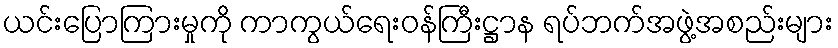
ယင်းပြောကြားမှုကို ကာကွယ်ရေးဝန်ကြီးဋ္ဌာန ရပ်ဘက်အဖွဲ့အစည်းများ